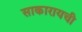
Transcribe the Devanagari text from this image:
साकारायची